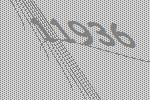
11936